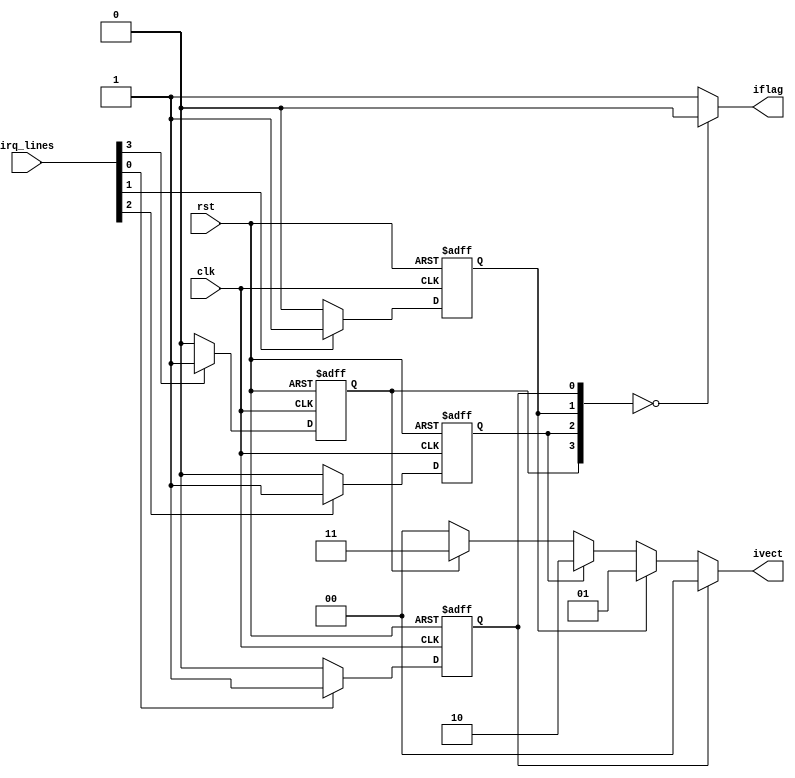
module priority_encoder (
           input clk,
           input rst,
           input [NUM_VECTORS-1:0] irq_lines,
           output iflag,
           output reg [NVL2-1:0] ivect
       );

parameter NUM_VECTORS = 4;
localparam NVL2 = $clog2(NUM_VECTORS);
// flopped input stage - pk
reg [3:0] irq_lines_ff;

genvar i;
generate
    for(i=0; i<NUM_VECTORS; i=i+1) begin
        always @(posedge clk or posedge rst)
            if(rst) irq_lines_ff[i] <= 1'b0;
            else irq_lines_ff[i] <= irq_lines[i] ? 1 : 0;
    end
endgenerate

always @( * )
begin
    if (irq_lines_ff[0])
        ivect = 0;
    else if (irq_lines_ff[1])
        ivect = 1;
    else if (irq_lines_ff[2])
        ivect = 2;
    else if (irq_lines_ff[3])
        ivect = 3;
    else
        ivect = 0;
end

//assign iflag = irq_lines_ff == 1 ? 1 : 0;
assign iflag = irq_lines_ff == 0 ? 0 : 1;

endmodule